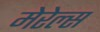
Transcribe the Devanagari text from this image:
मेरेल्स